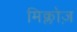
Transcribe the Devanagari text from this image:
मिक्लोज़